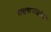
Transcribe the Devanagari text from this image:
राक्षसराजांचा